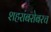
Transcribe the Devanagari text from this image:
शहरांबरोबरच